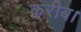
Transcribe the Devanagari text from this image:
करीब।